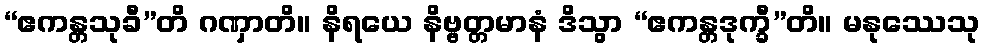
“ဧကန္တသုခီ”တိ ဂဏှာတိ။ နိရယေ နိဗ္ဗတ္တမာနံ ဒိသွာ “ဧကန္တဒုက္ခီ”တိ။ မနုဿေသု